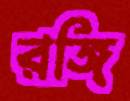
রঙ্গি